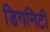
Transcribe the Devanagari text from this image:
डिगनिटी